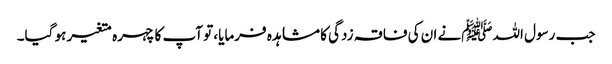
جب رسول اللہﷺنے ان کی فاقہ زدگی کا مشاہدہ فرمایا، تو آپ کا چہرہ متغیر ہو گیا۔